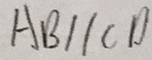
A B / / C D